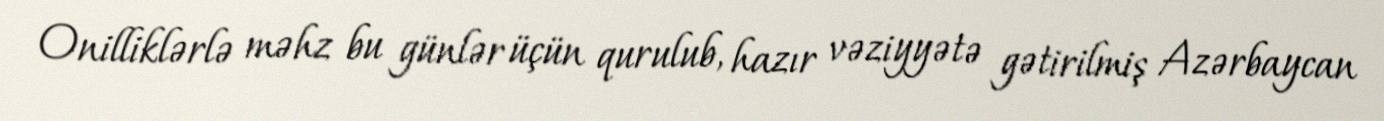
Onilliklərlə məhz bu günlər üçün qurulub, hazır vəziyyətə gətirilmiş Azərbaycan